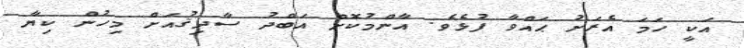
އަކީ ހަމަ އެރަށު ޙައްވާ ފުޅެވެ. އާންމުކޮށް އަބްދު ސާދިޤުއަށް މިހުން ކިޔާ